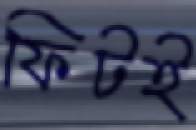
ফিটই